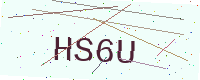
Text: HS6U